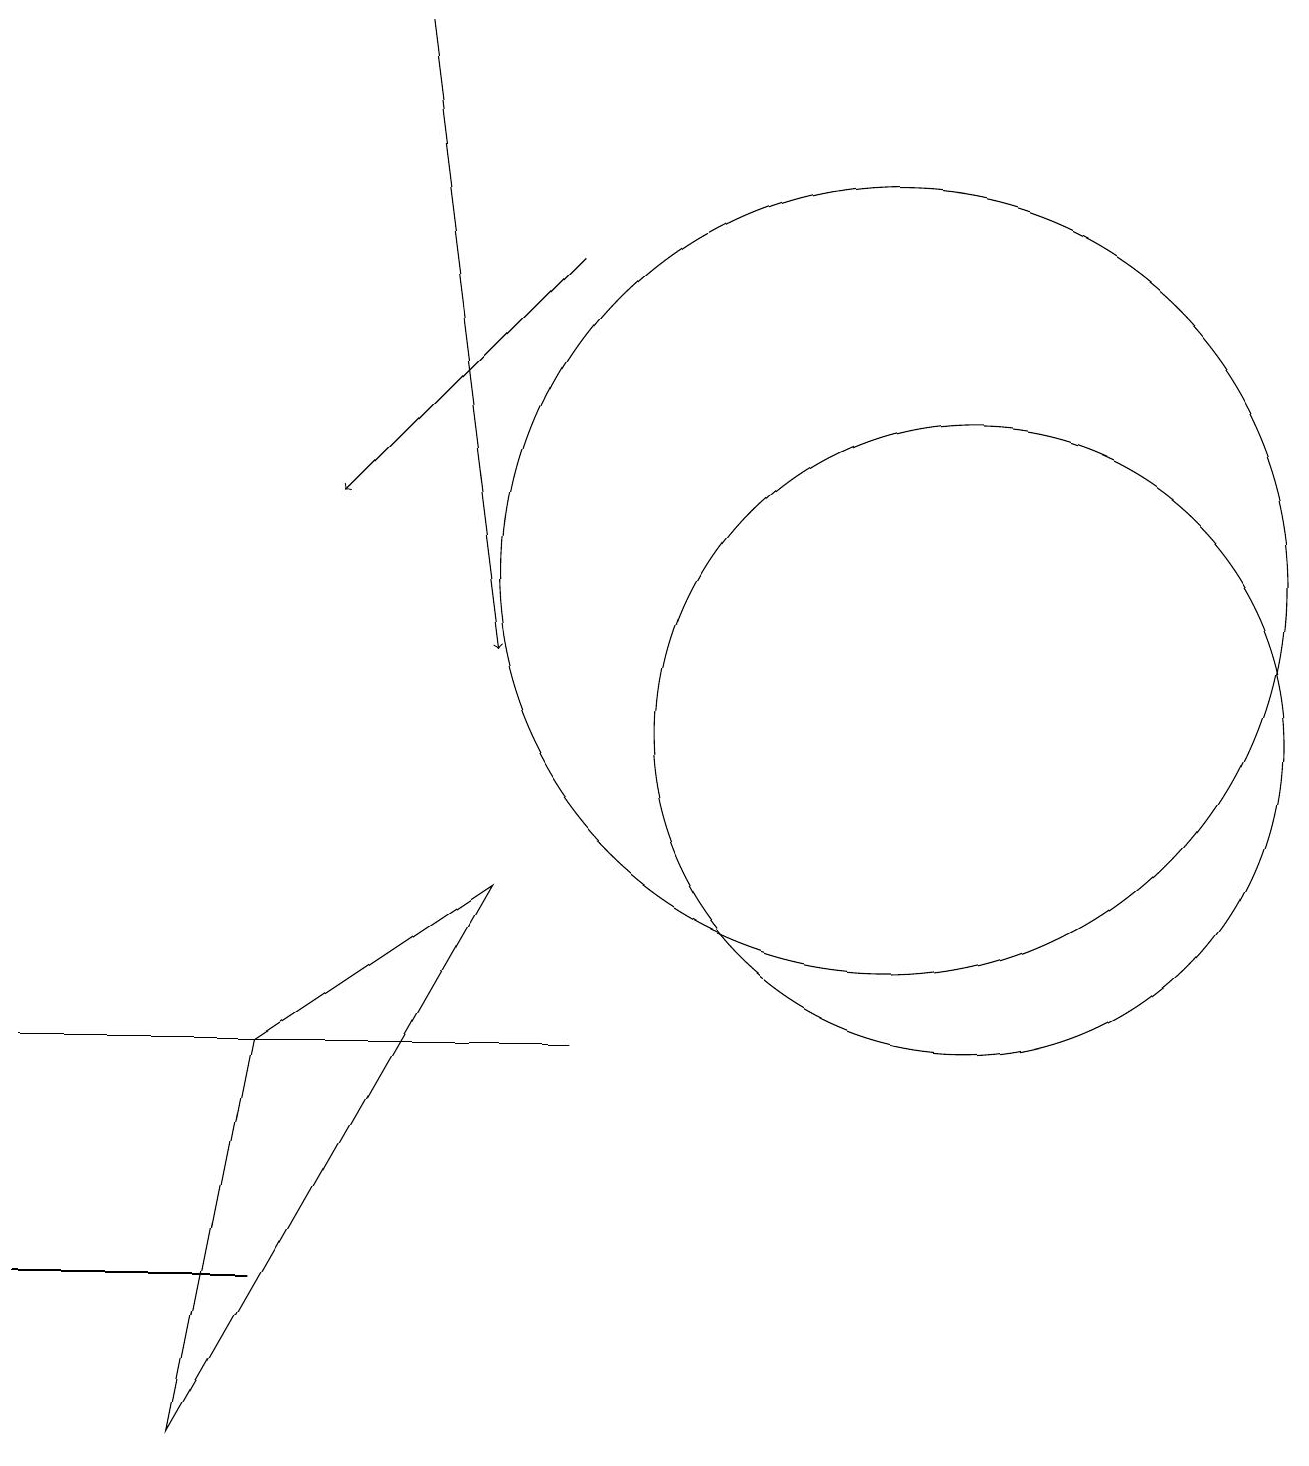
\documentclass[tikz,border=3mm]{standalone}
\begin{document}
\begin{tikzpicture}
\draw (2,1) -- (6,8) -- (3,6) -- cycle;
\draw (7,6) -- (1,6) -- (0,6) -- cycle;
\draw (11,12) circle (5);
\draw (12,10) circle (4);
\draw (3,3) -- (0,3) -- (2,3) -- cycle;
\draw[->] (7,16) -- (4,13);
\draw[->] (5,19) -- (6,11);
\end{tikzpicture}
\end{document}